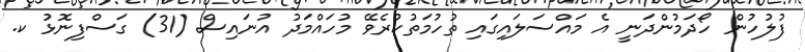
ފުލުހުން ހޯދަމުންދަނީ އެ މައްސަލައިގައި ތުހުމަތުކުރެވޭ މުހައްމަދު އުނައިސް (31) ގަސްފިނޮޅު ކ.